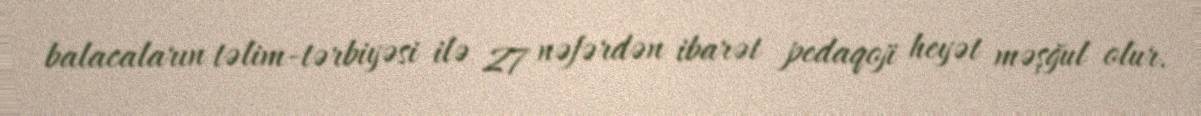
balacaların təlim-tərbiyəsi ilə 27 nəfərdən ibarət pedaqoji heyət məşğul olur.